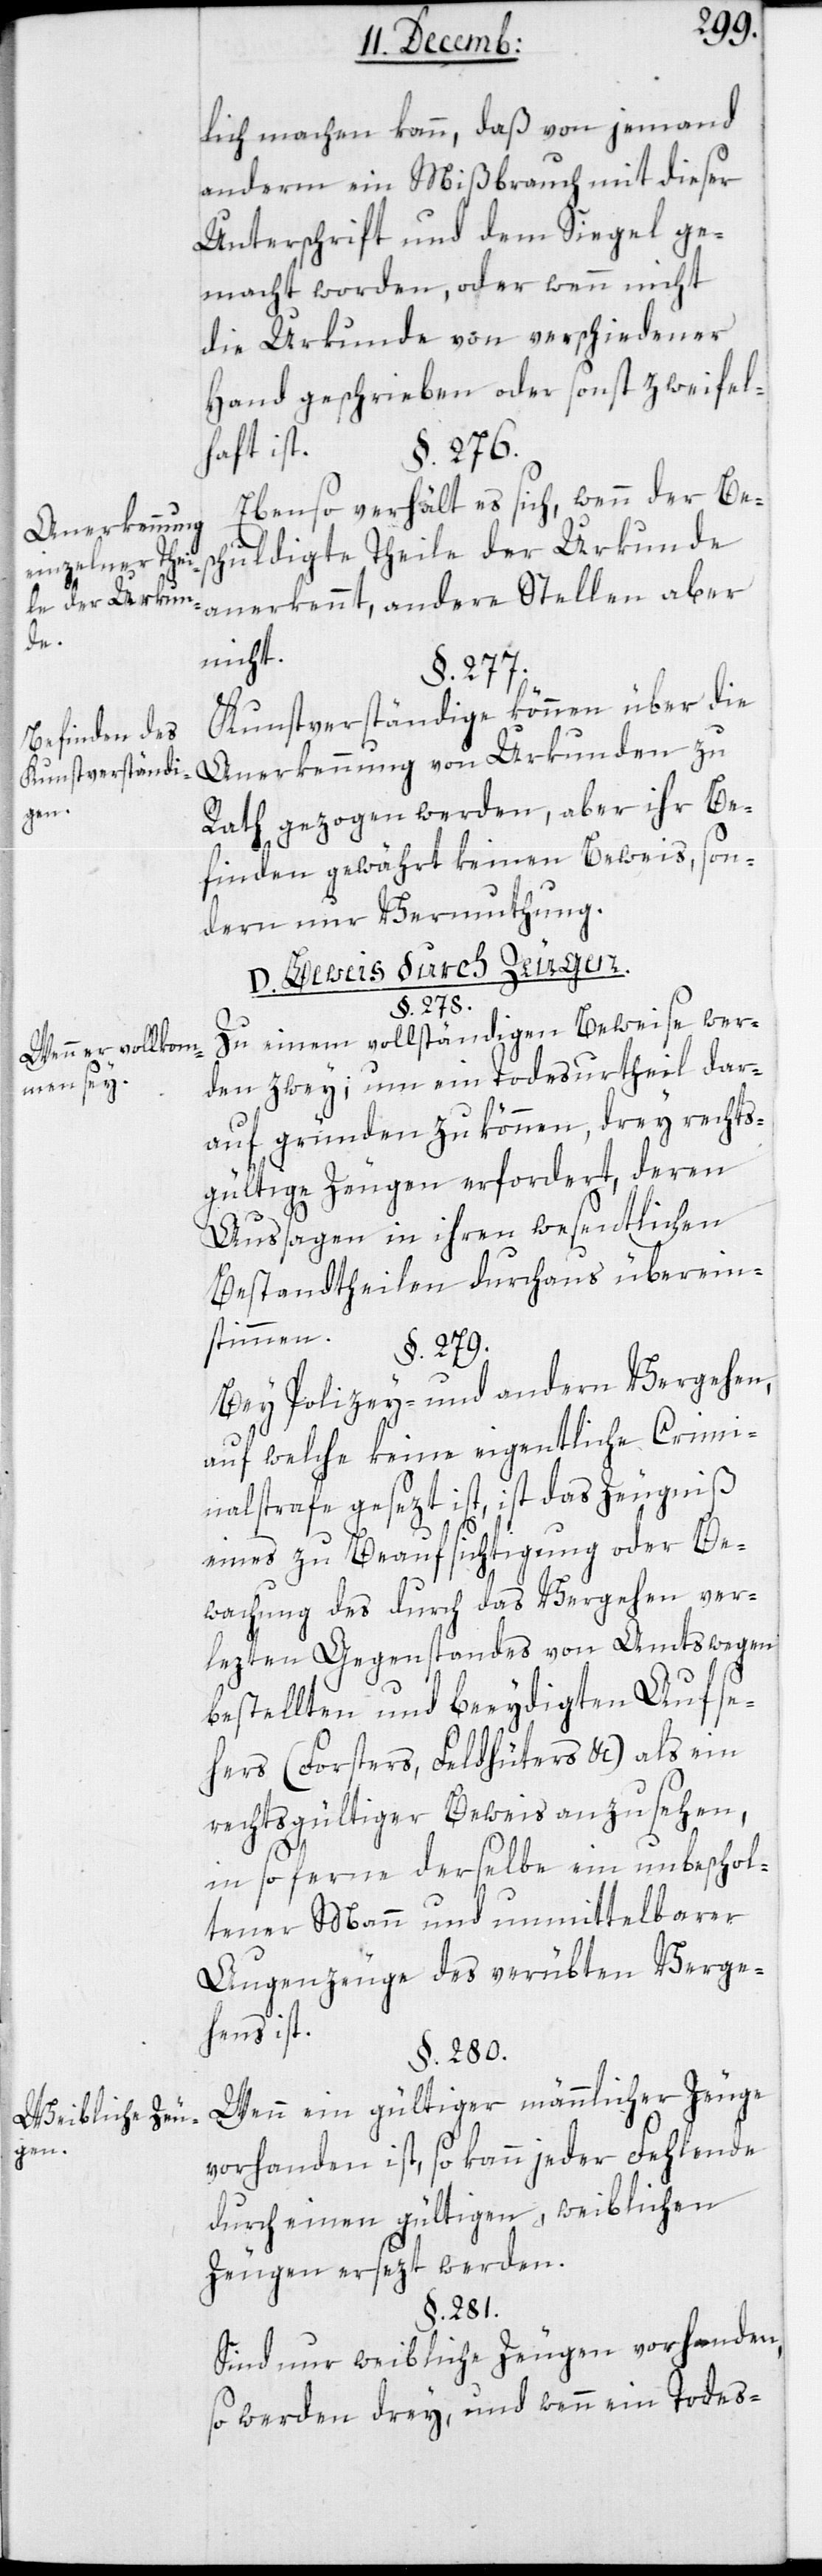
Anerkennung
einzelner Thei¬
le der Urkun¬
de.
Befinden des
Kunstverständi¬
gen.
Wenn er vollkom¬
men sey.
Weibliche Zeu¬
gen.

lich machen kann, daß von jemand
anderm ein Mißbrauch mit dieser
Unterschrift und dem Siegel ge¬
macht worden, oder wenn nicht
die Urkunde von verschiedener
Hand geschrieben oder sonst zweifel¬
haft ist.
§. 276.
Ebenso verhält es sich, wenn der Bes¬
chuldigte Theile der Urkunde
anerkennt, andere Stellen aber
nicht.
§. 277.
Kunstverständige können über die
Anerkennung von Urkunden zu
Rath gezogen werden, aber ihr Be¬
finden gewährt keinen Beweis, son¬
dern nur Vermuthung.
D. Beweis durch Zeugen.
§. 278.
Zu einem vollständigen Beweise wer¬
den zwey; um ein Todesurtheil dar¬
auf gründen zu können, drey rechts¬
gültige Zeugen erfordert, deren
Aussagen in ihren wesentlichen
Bestandtheilen durchaus überein¬
stimmen.
§. 279.
Bei Polizey- und andern Vergehen,
auf welche keine eigentliche Crimi¬
nalstrafe gesezt ist, ist das Zeugniß
eines zu Beaufsichtigung oder Be¬
wachung des durch das Vergehen ver¬
lezten Gegenstandes von Amtswegen
bestellten und beeydigten Aufse¬
hers (Forsters, Feldhüters &c.) als ein
rechtsgültiger Beweis anzusehen,
in so ferne derselbe ein unbeschol¬
tener Mann und unmittelbarer
Augenzeuge des verübten Verge¬
hens ist.
§. 280.
Wenn ein gültiger männlicher Zeuge
vorhanden ist, so kann jeder Fehlende
durch einen gültigen weiblichen
Zeugen ersezt werden.
§. 281.
Sind nur weibliche Zeugen vorhanden,
so werden drey, und wenn ein Todes-